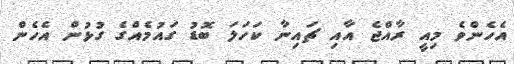
އެހެންވެ މިއީ ރާއްޖެ އާއި ޗައިނާ ކަހަލަ ބޮޑު ގައުމެއްގެ ގުޅުން އެހެން